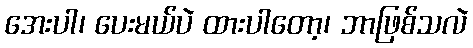
အေးပါ၊ ပေးမယ်ပဲ ထားပါတော့၊ ဘာဖြစ်သလဲ